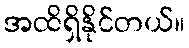
အထိရှိနိုင်တယ်။